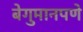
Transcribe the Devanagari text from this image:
बेगुमानपणे